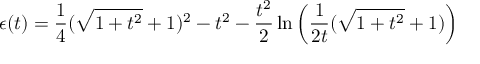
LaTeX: \epsilon ( t ) = { \frac { 1 } { 4 } } ( \sqrt { 1 + t ^ { 2 } } + 1 ) ^ { 2 } - t ^ { 2 } - { \frac { t ^ { 2 } } { 2 } } \ln { \left( { \frac { 1 } { 2 t } } ( \sqrt { 1 + t ^ { 2 } } + 1 ) \right) }